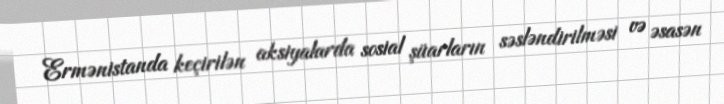
Ermənistanda keçirilən aksiyalarda sosial şüarların səsləndirilməsi və əsasən